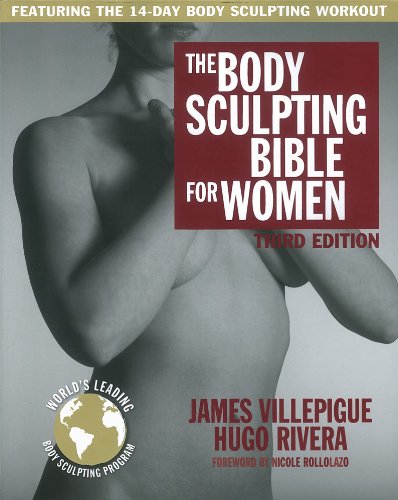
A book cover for The Body Sculpting Bible for Women, Third Edition: The Ultimate Women's Body Sculpting Guide Featuring the Best Weight Training Workouts & Nutrition Plans Guaranteed to Help You Get Toned & Burn Fat; James Villepigue; Health, Fitness & Dieting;